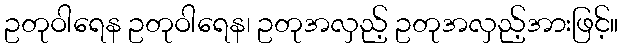
ဥတုဝါရေန ဥတုဝါရေန၊ ဥတုအလှည့် ဥတုအလှည့်အားဖြင့်။